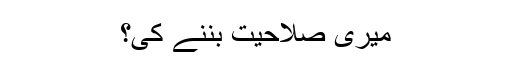
میری صلاحیت بننے کی؟